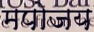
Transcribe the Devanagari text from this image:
मपोजय